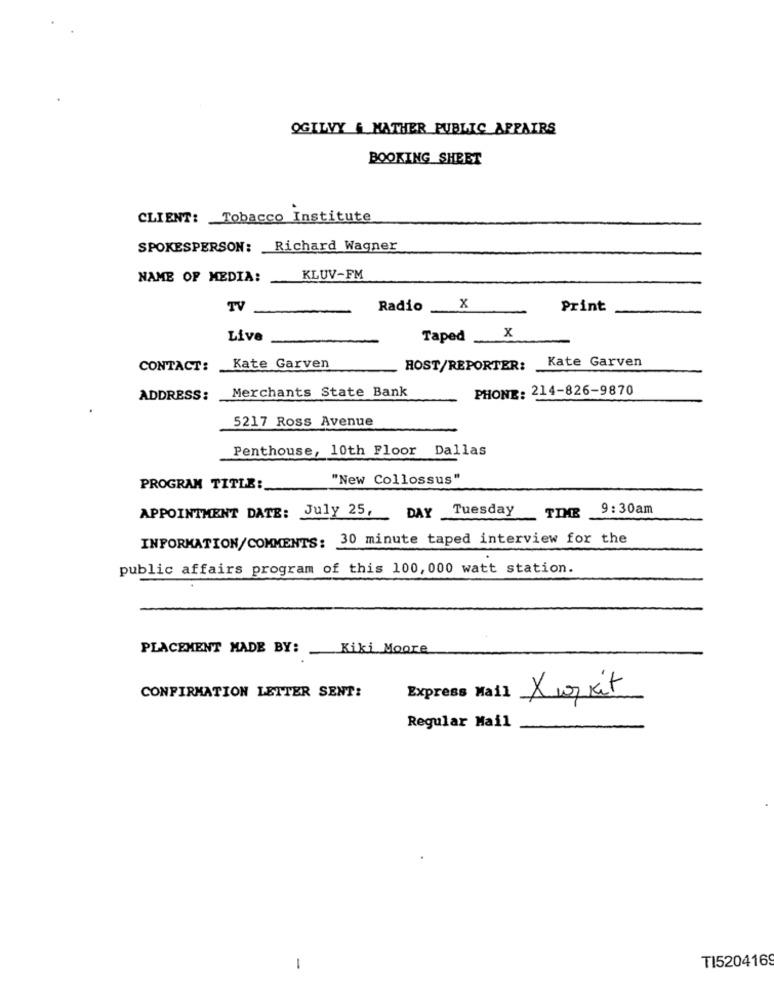
OGILVY & MATHER PUBLIC AFFAIRS
BOOKING SHEET
CLIENT: Tobacco Institute
SPOKESPERSON: Richard Wagner
NAME OF MEDIA:
KLUV-FM
TV
Radio
X
Print
Live
Taped
. x
Kate Garven
CONTACT:
Kate Garven
HOST/REPORTER:
Merchants State Bank
PHONE: 214-826-9870
ADDRESS:
5217 Ross Avenue
Penthouse, 10th Floor Dallas
"New Collossus"
PROGRAM TITLE:
APPOINTMENT DATE: July 25, DAY Tuesday
TIME
9:30am
INFORMATION/COMMENTS: 30 minute taped interview for the
public affairs program of this 100, 000 watt station.
PLACEMENT MADE BY:
Kiki Moore
CONFIRMATION LETTER SENT:
Express Mail
Xworkit
Regular Mail
TI5204169
-